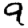
Digit: 9